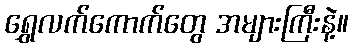
ရွှေလက်ကောက်တွေ အများကြီးနဲ့။